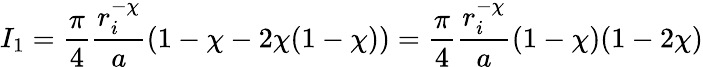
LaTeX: I_{1}=\frac{\pi}{4}\frac{r_{i}^{-\chi}}{a}\left(1-\chi-2\chi(1-\chi)\right)=\frac{\pi}{4}\frac{r_{i}^{-\chi}}{a}(1-\chi)(1-2\chi)